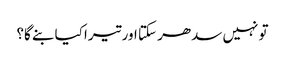
تو نہیں سدھر سکتا اور تیرا کیا بنے گا؟